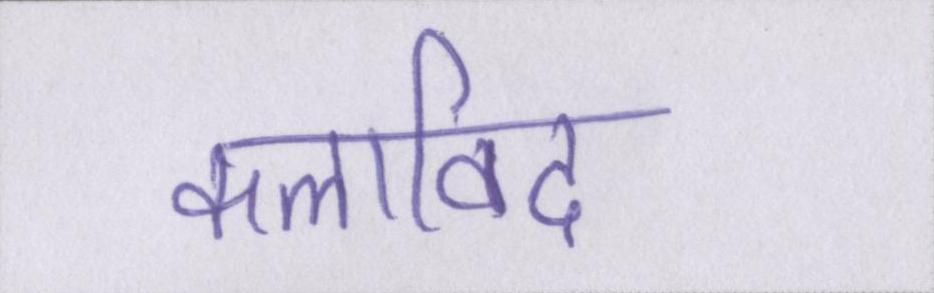
कलाविद